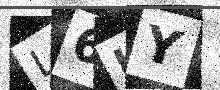
Text: L6HY